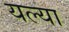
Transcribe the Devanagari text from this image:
यल्या